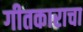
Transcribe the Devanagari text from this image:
गीतकाराचा